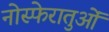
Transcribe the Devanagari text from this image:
नोस्फेरातुओं